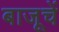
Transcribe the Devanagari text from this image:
बाजूचें